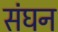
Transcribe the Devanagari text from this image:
संघन